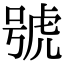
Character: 號